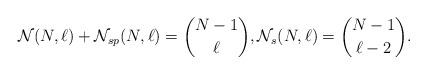
LaTeX: \begin{align*}{\cal{N}}(N,\ell) + {\cal{N}}_{sp}(N,\ell) = { N-1 \choose \ell},{\cal{N}}_{s}(N,\ell) ={N-1 \choose \ell -2}.\end{align*}